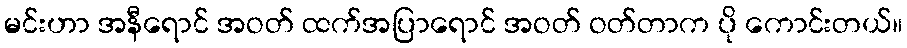
မင်းဟာ အနီရောင် အဝတ် ထက်အပြာရောင် အဝတ် ဝတ်တာက ပို ကောင်းတယ်။